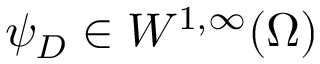
\psi _ { D } \in W ^ { 1 , \infty } ( \Omega )